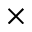
\times